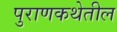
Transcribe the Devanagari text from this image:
पुराणकथेतील